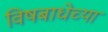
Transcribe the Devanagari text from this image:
विषबाधेच्या